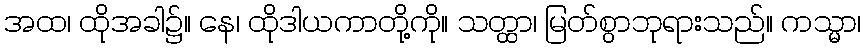
အထ၊ ထိုအခါ၌။ နေ၊ ထိုဒါယကာတို့ကို။ သတ္ထာ၊ မြတ်စွာဘုရားသည်။ ကသ္မာ၊